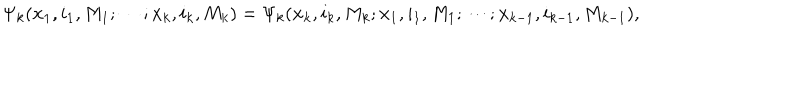
LaTeX: \Psi _ { k } ( { \bf x } _ { 1 } , i _ { 1 } , M _ { 1 } ; \cdots ; { \bf x } _ { k } , i _ { k } , M _ { k } ) = \Psi _ { k } ( { \bf x } _ { k } , i _ { k } , M _ { k } ; { \bf x } _ { 1 } , i _ { 1 } , M _ { 1 } ; \cdots ; { \bf x } _ { k - 1 } , i _ { k - 1 } , M _ { k - 1 } ) ,